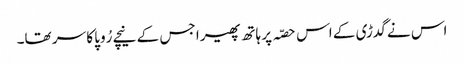
اس نے گدڑی کے اس حصّہ پر ہاتھ پھیرا جس کے نیچے رُوپا کا سر تھا۔